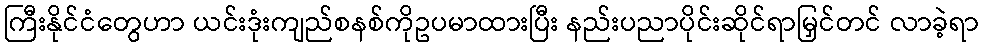
ကြီးနိုင်ငံတွေဟာ ယင်းဒုံးကျည်စနစ်ကိုဥပမာထားပြီး နည်းပညာပိုင်းဆိုင်ရာမြှင်တင် လာခဲ့ရာ